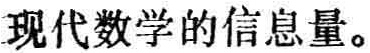
现代数学的信息量。